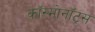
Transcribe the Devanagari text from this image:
काॅस्मोनाॅट्स